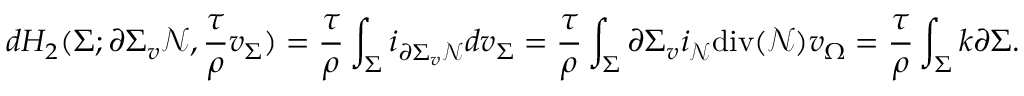
d H _ { 2 } ( \Sigma ; \partial \Sigma _ { v } \mathcal { N } , \frac { \tau } { \rho } v _ { \Sigma } ) = \frac { \tau } { \rho } \int _ { \Sigma } i _ { \partial \Sigma _ { v } \mathcal { N } } d v _ { \Sigma } = \frac { \tau } { \rho } \int _ { \Sigma } \partial \Sigma _ { v } i _ { \mathcal { N } } \mathrm { d i v } ( \mathcal { N } ) v _ { \Omega } = \frac { \tau } { \rho } \int _ { \Sigma } k \partial \Sigma .